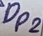
Text: DP2